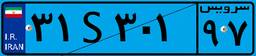
۳۹S۰۴۹۰۶